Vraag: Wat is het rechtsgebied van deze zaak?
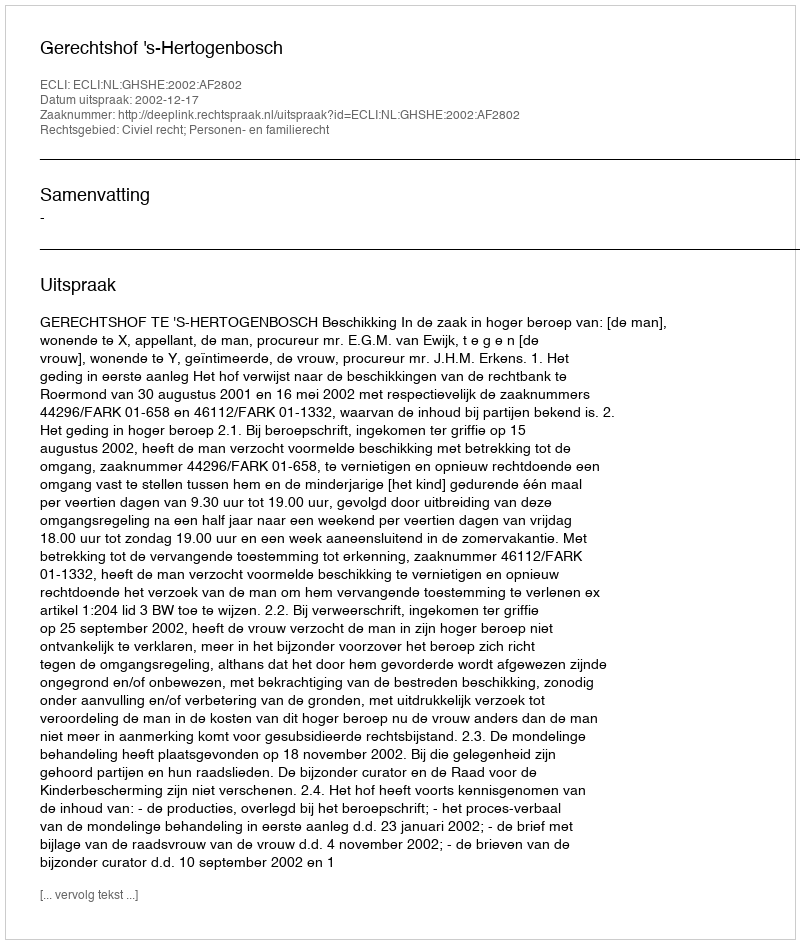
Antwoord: Civiel recht; Personen- en familierecht